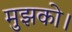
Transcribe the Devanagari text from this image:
मुझको।